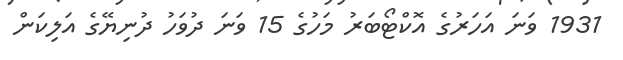
1931 ވަނަ އަހަރުގެ އޮކްޓޯބަރު މަހުގެ 15 ވަނަ ދުވަހު ދުނިޔޭގެ އަލިކަން